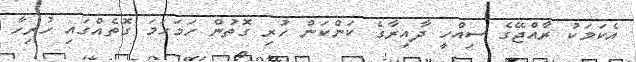
އެކަމަކު ރާއްޖޭގެ ސިއްހީ ދާއިރާގެ ކަންކަން ހުރި ގޮތުން ހަމަހަމަ ގޮތެއްގައި ހުރިހާ